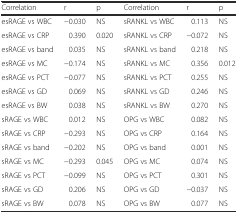
<table><thead><tr><td><b>Correlation</b></td><td><b>r</b></td><td><b>p</b></td><td><b>Correlation</b></td><td><b>r</b></td><td><b>p</b></td></tr></thead><tbody><tr><td>esRAGE vs WBC</td><td>−0.030</td><td>NS</td><td>sRANKL vs WBC</td><td>0.113</td><td>NS</td></tr><tr><td>esRAGE vs CRP</td><td>0.390</td><td>0.020</td><td>sRANKL vs CRP</td><td>−0.072</td><td>NS</td></tr><tr><td>esRAGE vs band</td><td>0.035</td><td>NS</td><td>sRANKL vs band</td><td>0.218</td><td>NS</td></tr><tr><td>esRAGE vs MC</td><td>−0.174</td><td>NS</td><td>sRANKL vs MC</td><td>0.356</td><td>0.012</td></tr><tr><td>esRAGE vs PCT</td><td>−0.077</td><td>NS</td><td>sRANKL vs PCT</td><td>0.255</td><td>NS</td></tr><tr><td>esRAGE vs GD</td><td>0.069</td><td>NS</td><td>sRANKL vs GD</td><td>0.246</td><td>NS</td></tr><tr><td>esRAGE vs BW</td><td>0.038</td><td>NS</td><td>sRANKL vs BW</td><td>0.270</td><td>NS</td></tr><tr><td>sRAGE vs WBC</td><td>0.012</td><td>NS</td><td>OPG vs WBC</td><td>0.082</td><td>NS</td></tr><tr><td>sRAGE vs CRP</td><td>−0.293</td><td>NS</td><td>OPG vs CRP</td><td>0.164</td><td>NS</td></tr><tr><td>sRAGE vs band</td><td>−0.202</td><td>NS</td><td>OPG vs band</td><td>0.001</td><td>NS</td></tr><tr><td>sRAGE vs MC</td><td>−0.293</td><td>0.045</td><td>OPG vs MC</td><td>0.074</td><td>NS</td></tr><tr><td>sRAGE vs PCT</td><td>−0.099</td><td>NS</td><td>OPG vs PCT</td><td>0.301</td><td>NS</td></tr><tr><td>sRAGE vs GD</td><td>0.206</td><td>NS</td><td>OPG vs GD</td><td>−0.037</td><td>NS</td></tr><tr><td>sRAGE vs BW</td><td>0.078</td><td>NS</td><td>OPG vs BW</td><td>0.077</td><td>NS</td></tr></tbody></table>